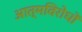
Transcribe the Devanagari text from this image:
आत्मविरोधों